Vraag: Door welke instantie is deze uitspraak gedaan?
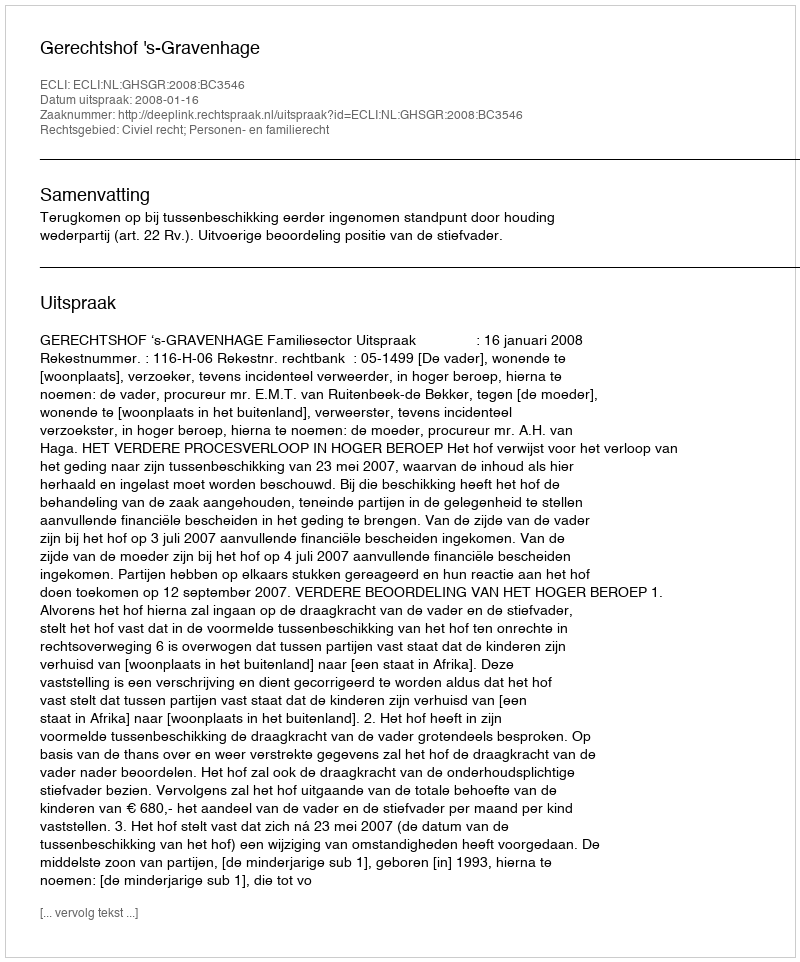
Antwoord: Gerechtshof 's-Gravenhage